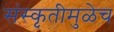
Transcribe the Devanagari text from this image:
संस्कृतीमुळेच